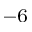
^ { - 6 }